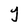
Character: Y